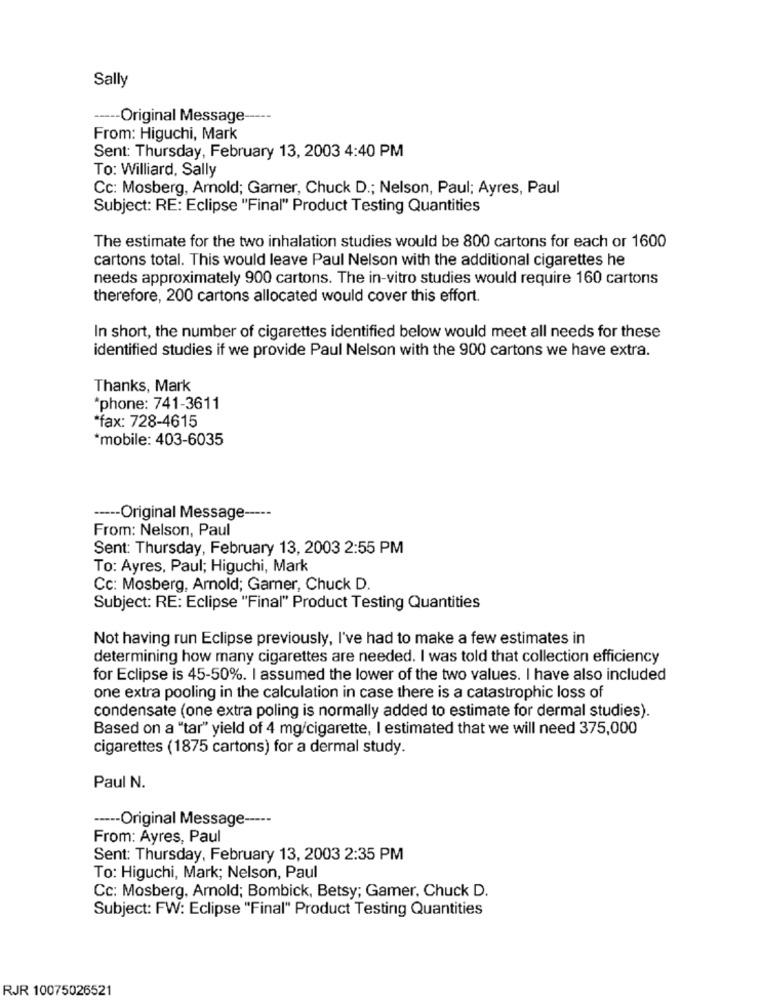
Sally
---- Original Message-
From: Higuchi, Mark
Sent: Thursday, February 13, 2003 4:40 PM
To: Williard, Sally
Cc: Mosberg, Arnold; Garner, Chuck D .; Nelson, Paul; Ayres, Paul
Subject: RE: Eclipse "Final" Product Testing Quantities
The estimate for the two inhalation studies would be 800 cartons for each or 1600
cartons total. This would leave Paul Nelson with the additional cigarettes he
needs approximately 900 cartons. The in-vitro studies would require 160 cartons
therefore, 200 cartons allocated would cover this effort.
In short, the number of cigarettes identified below would meet all needs for these
identified studies if we provide Paul Nelson with the 900 cartons we have extra.
Thanks, Mark
*phone: 741-3611
*fax: 728-4615
*mobile: 403-6035
----- Original Message -----
From: Nelson, Paul
Sent: Thursday, February 13, 2003 2:55 PM
To: Ayres, Paul; Higuchi, Mark
Cc: Mosberg, Arnold; Garner, Chuck D.
Subject: RE: Eclipse "Final" Product Testing Quantities
Not having run Eclipse previously, I've had to make a few estimates in
determining how many cigarettes are needed. I was told that collection efficiency
for Eclipse is 45-50%. I assumed the lower of the two values. I have also included
one extra pooling in the calculation in case there is a catastrophic loss of
condensate (one extra poling is normally added to estimate for dermal studies).
Based on a "tar" yield of 4 mg/cigarette, I estimated that we will need 375,000
cigarettes (1875 cartons) for a dermal study.
Paul N.
----- Original Message -----
From: Ayres, Paul
Sent: Thursday, February 13, 2003 2:35 PM
To: Higuchi, Mark; Nelson, Paul
Cc: Mosberg, Arnold; Bombick, Betsy; Gamer, Chuck D.
Subject: FW: Eclipse "Final" Product Testing Quantities
RJR 10075026521